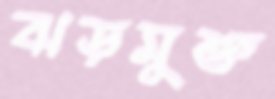
ঝড়মুক্ত